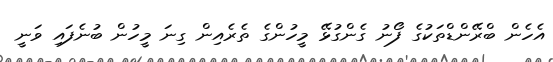
އެހެން ބްރޭންޑްތަކުގެ ފޯނު ގެންގުޅޭ މީހުންގެ ތެރެއިން ގިނަ މީހުން ބުނެފައި ވަނީ